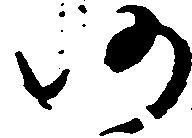
仍